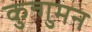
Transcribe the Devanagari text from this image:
कुन्गुमन